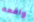
واقعه